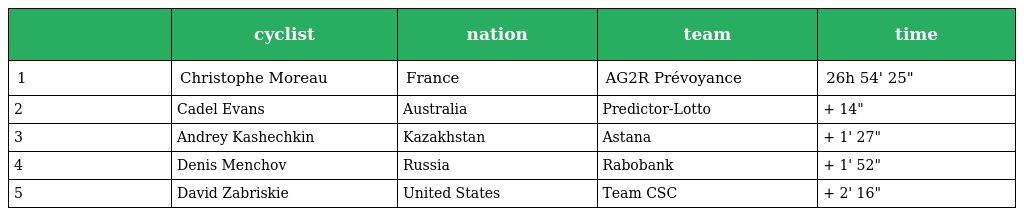
|  | cyclist | nation | team | time |
 | --- | --- | --- | --- | --- |
 | 1 | Christophe Moreau | France | AG2R Prévoyance | 26h 54' 25" |
 | 2 | Cadel Evans | Australia | Predictor-Lotto | + 14" |
 | 3 | Andrey Kashechkin | Kazakhstan | Astana | + 1' 27" |
 | 4 | Denis Menchov | Russia | Rabobank | + 1' 52" |
 | 5 | David Zabriskie | United States | Team CSC | + 2' 16" |